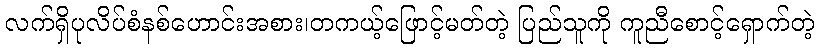
လက်ရှိပုလိပ်စံနစ်ဟောင်းအစား၊တကယ့်ဖြောင့်မတ်တဲ့ ပြည်သူကို ကူညီစောင့်ရှောက်တဲ့